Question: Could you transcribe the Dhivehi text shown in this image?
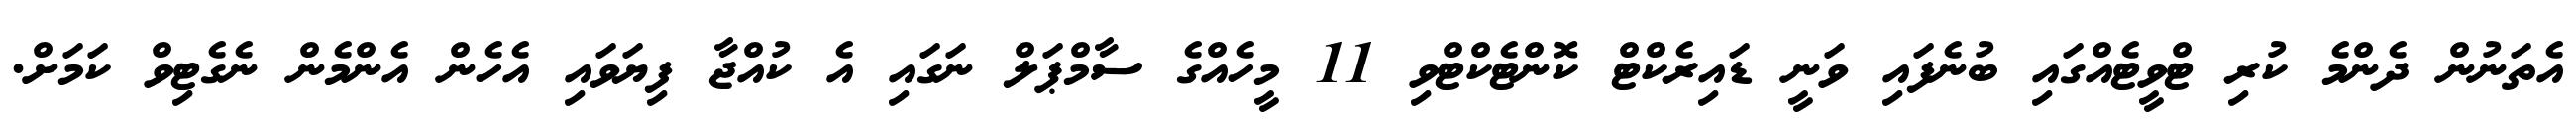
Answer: އެތަނުން ދެންމެ ކުރި ޓްވީޓެއްގައި ބުނެފައި ވަނީ ޑައިރެކްޓް ކޮންޓެކްޓްވި 11 މީހެއްގެ ސާމްޕަލް ނަގައި އެ ކުއްޖާ ފިޔަވައި އެހެން އެންމެން ނެގެޓިވް ކަމަށް.